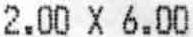
2.00 X 6.00